Sketch of the medical history of the native army of Bombay, for the year
Year: 1870
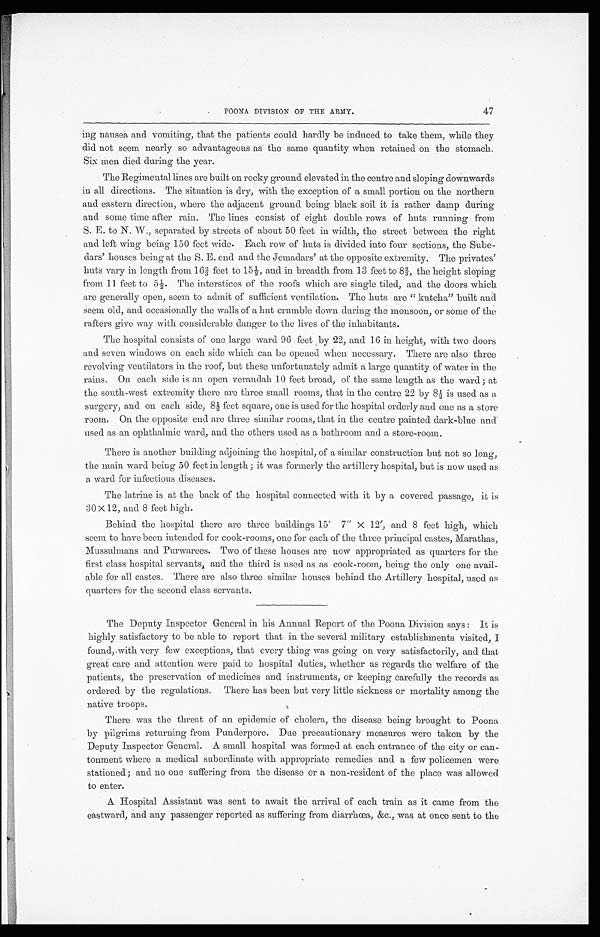
POONA DIVISION OF THE ARMY.
47
ing nausea and vomiting, that the patients could hardly be induced to take them, while they
did not seem nearly so advantageous as the same quantity when retained on the stomach.
Six men died during the year.
The Regimental lines are built on rocky ground elevated in the centre and sloping downwards
in all directions. The situation is dry, with the exception of a small portion on the northern
and eastern direction, where the adjacent ground being black soil it is rather damp during
and some time after rain. The lines consist of eight double rows of huts running from
S. E. to N. W., separated by streets of about 50 feet in width, the street between the right
and left wing being 150 feet wide. Each row of huts is divided into four sections, the Sube
-
dars' houses being at the S. E. end and the Jemadars' at the opposite extremity. The privates'
huts vary in length from 162/3 feet to 15½, and in breadth from 13 feet to 82/3, the height sloping
f r om 11 f eet t o 5½. The i nt er s t i ces of t he r oof s whi ch ar e s i ngl e t i l ed, and t he door s whi ch
are generally open, seem to admit of sufficient ventilation. The huts are "kutcha" built and
seem old, and occasionally the walls of a hut crumble down during the monsoon, or some of the
rafters give way with considerable danger to the lives of the inhabitants.
The hospital consists of one large ward 96 feet by 22, and 16 in height, with two doors
and seven windows on each side which can be opened when necessary. There are also three
revolving ventilators in the roof, but these unfortunately admit a large quantity of water in the
rains. On each side is an open verandah 10 feet broad, of the same length as the ward ; at
the south-west extremity there are three small rooms, that in the centre 22 by 8½ is used as a
surgery, and on each side, 8½ feet square, one is used for the hospital orderly and one as a store
room. On the opposite end are three similar rooms, that in the centre painted dark-blue and
used as an ophthalmic ward, and the others used as a bathroom and a store-room.
There is another building adjoining the hospital, of a similar construction but not so long,
the main ward being 50 feet in length ; it was formerly the artillery hospital, but is now used as
a ward for infectious diseases.
The latrine is at the back of the hospital connected with it by a covered passage, it is
30 × 12, and 8 feet high.
Behind the hospital there are three buildings 15' 7" × 12', and 8 feet high, which
seem to have been intended for cook-rooms, one for each of the three principal castes, Marathas,
Mussulmans and Purwarees. Two of these houses are now appropriated as quarters for the
first class hospital servants and the third is used as as cook-room, being the only one avail
-
able for all castes. There are also three similar houses behind the Artillery hospital, used as
quarters for the second class servants.
The Deputy Inspector General in his Annual Report of the Poona Division says : It is
highly satisfactory to be able to report that in the several military establishments visited, I
found, with very few exceptions, that every thing was going on very satisfactorily, and that
great care and attention were paid to hospital duties, whether as regards the welfare of the
patients, the preservation of medicines and instruments, or keeping carefully the records as
ordered by the regulations. There has been but very little sickness or mortality among the
native troops.
There was the threat of an epidemic of cholera, the disease being brought to Poona
by pilgrims returning from Punderpore. Due precautionary measures were taken by the
Deputy Inspector General. A small hospital was formed at each entrance of the city or can
-
tonment where a medical subordinate with appropriate remedies and a few policemen were
stationed; and no one suffering from the disease or a non-resident of the place was allowed
to enter.
A Hospital Assistant was sent to await the arrival of each train as it came from the
eastward, and any passenger reported as suffering from diarrhœa, &c., was at once sent to the